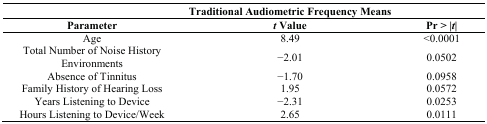
<table><thead><tr><td></td><td><b>Traditional Audiometric Frequency Means</b></td><td></td></tr><tr><td><b>Parameter</b></td><td><b><i>t</i> Value</b></td><td><b>Pr &gt; |<i>t</i>|</b></td></tr></thead><tbody><tr><td>Age</td><td>8.49</td><td>&lt;0.0001</td></tr><tr><td>Total Number of Noise History Environments</td><td>−2.01</td><td>0.0502</td></tr><tr><td>Absence of Tinnitus </td><td>−1.70</td><td>0.0958</td></tr><tr><td>Family History of Hearing Loss</td><td>1.95</td><td>0.0572</td></tr><tr><td>Years Listening to Device</td><td>−2.31</td><td>0.0253</td></tr><tr><td>Hours Listening to Device/Week</td><td>2.65</td><td>0.0111</td></tr></tbody></table>